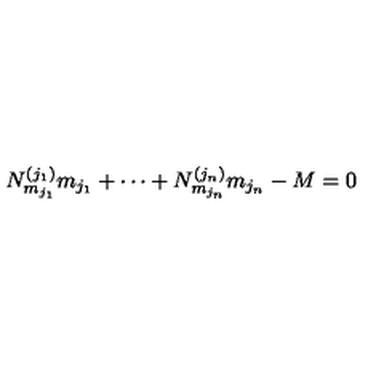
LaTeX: N _ { m _ { j _ { 1 } } } ^ { ( j _ { 1 } ) } m _ { j _ { 1 } } + \cdots + N _ { m _ { j _ { n } } } ^ { ( j _ { n } ) } m _ { j _ { n } } - M = 0